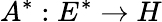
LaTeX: A^{*}:E^{*}\to H